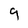
Character: 9